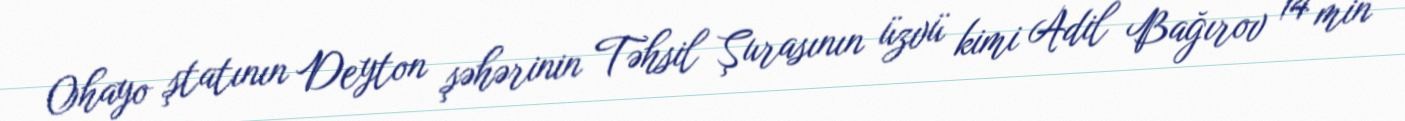
Ohayo ştatının Deyton şəhərinin Təhsil Şurasının üzvü kimi Adil Bağırov 14 min